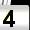
Digit: 4